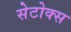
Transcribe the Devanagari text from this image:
सेटोक्स